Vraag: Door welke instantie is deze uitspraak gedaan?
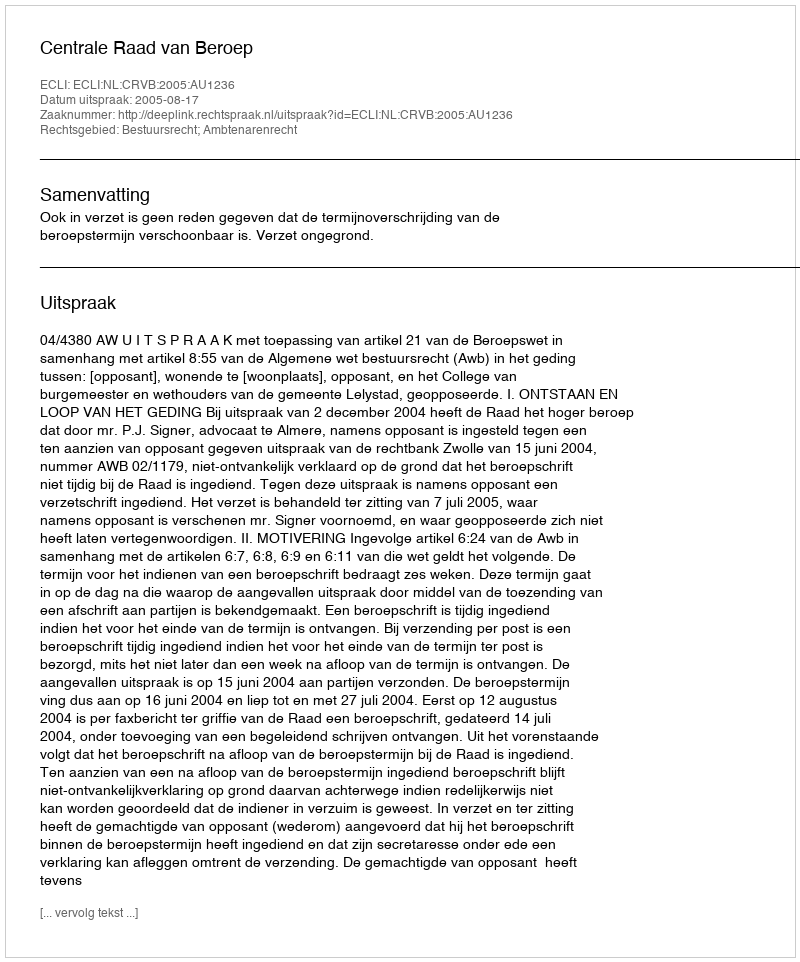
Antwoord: Centrale Raad van Beroep